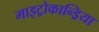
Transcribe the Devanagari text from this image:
माइट्रोकान्ड्रिया